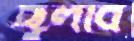
ছুলবি